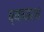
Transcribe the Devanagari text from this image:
व्यापार४